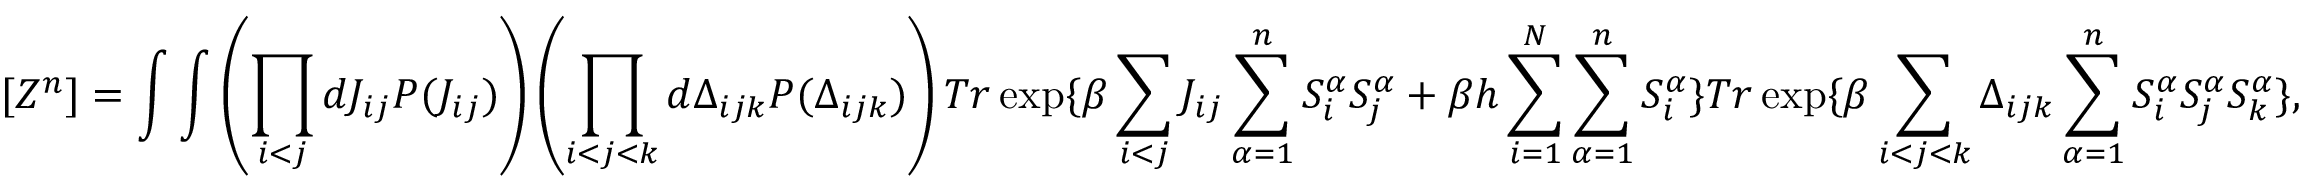
[ Z ^ { n } ] = \int \int \left( \prod _ { i < j } d J _ { i j } P ( J _ { i j } ) \right) \left( \prod _ { i < j < k } d \Delta _ { i j k } P ( \Delta _ { i j k } ) \right) T r \exp \{ \beta \sum _ { i < j } J _ { i j } \sum _ { \alpha = 1 } ^ { n } S _ { i } ^ { \alpha } S _ { j } ^ { \alpha } + \beta h \sum _ { i = 1 } ^ { N } \sum _ { \alpha = 1 } ^ { n } S _ { i } ^ { \alpha } \} T r \exp \{ \beta \sum _ { i < j < k } \Delta _ { i j k } \sum _ { \alpha = 1 } ^ { n } S _ { i } ^ { \alpha } S _ { j } ^ { \alpha } S _ { k } ^ { \alpha } \} ,